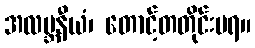
အလဗ္ဘနီယံ၊ တောင့်တတိုင်းမရ။